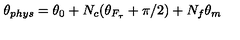
\theta _ { p h y s } = \theta _ { 0 } + N _ { c } ( \theta _ { F _ { \tau } } + \pi / 2 ) + N _ { f } \theta _ { m }